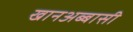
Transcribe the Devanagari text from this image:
खानअब्बासी